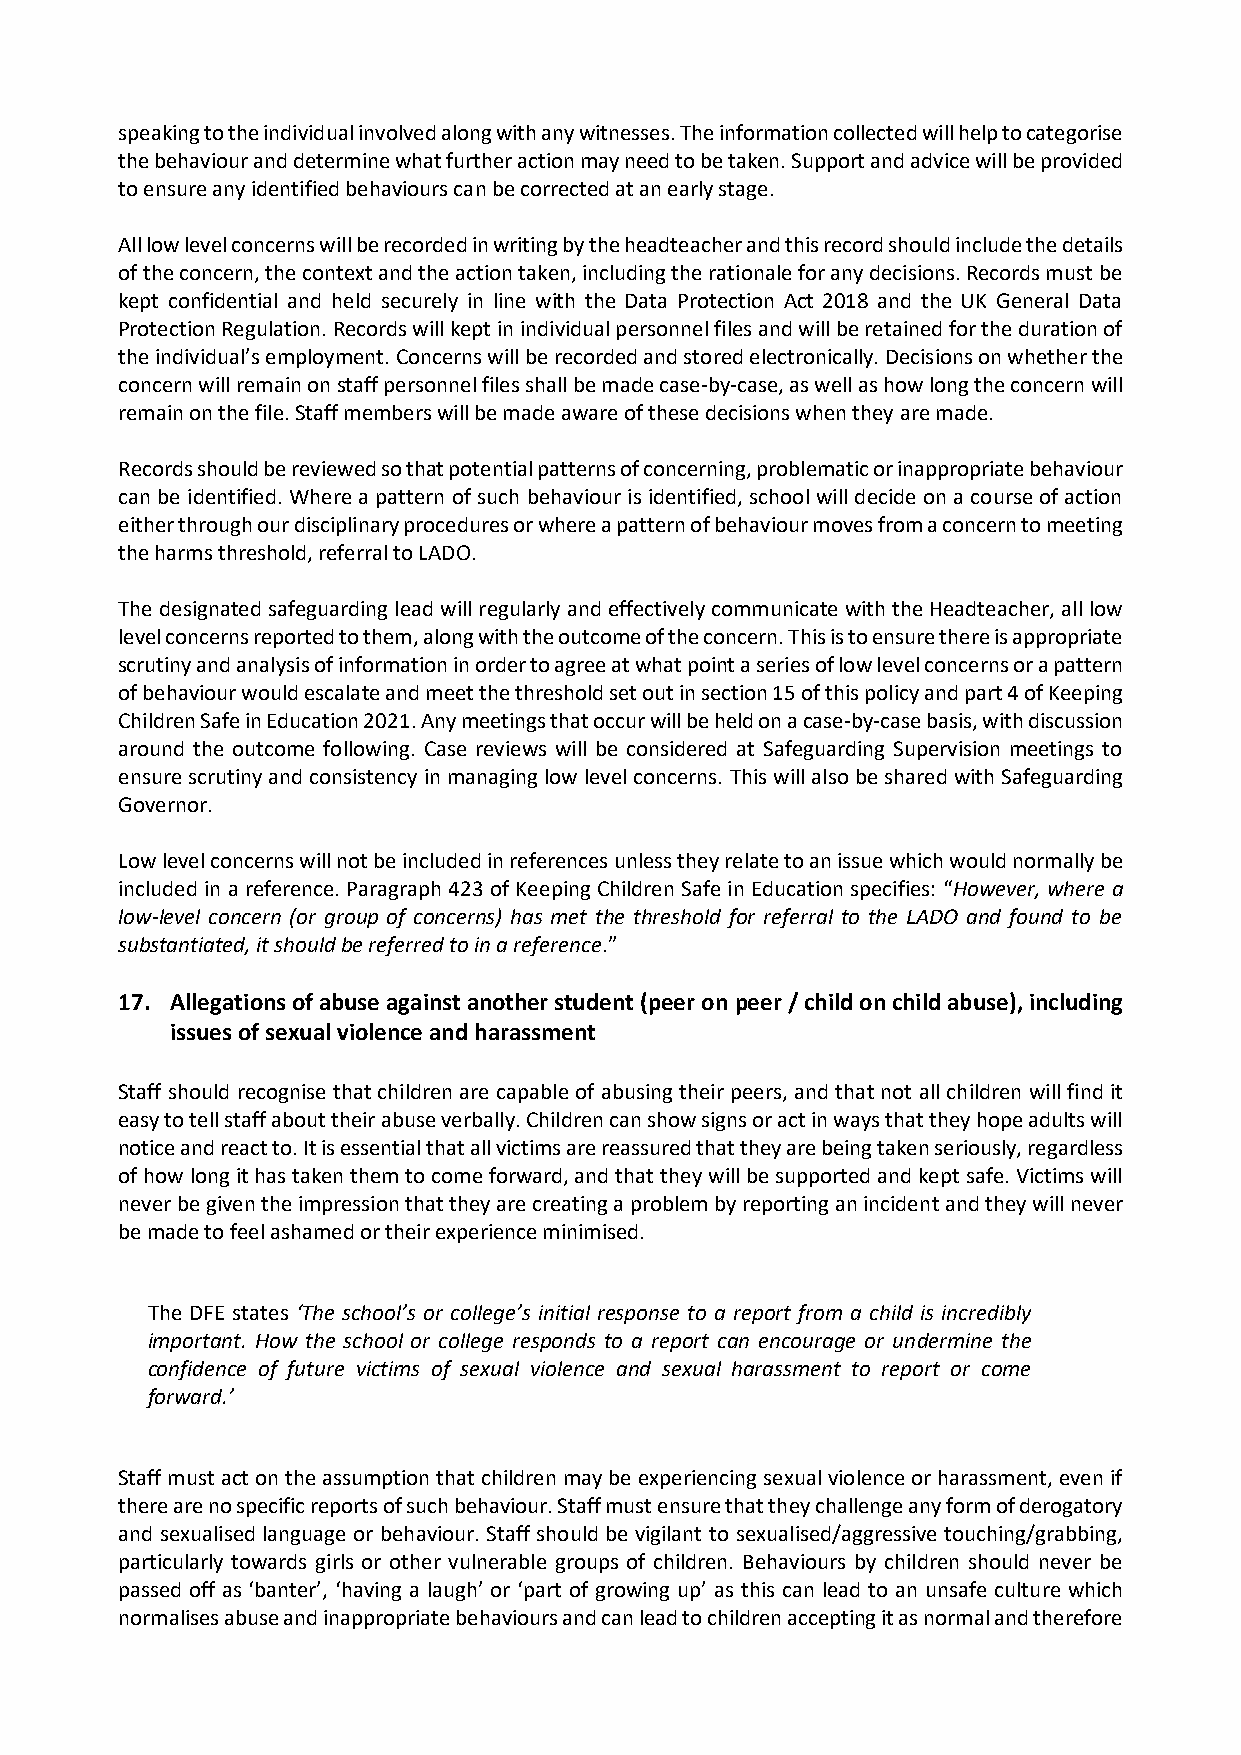
speaking to the individual involved along with any witnesses. The information collected will help to categorise
 the behaviour and determine what further action may need to be taken. Support and advice will be provided
 to ensure any identified behaviours can be corrected at an early stage.
 All low level concerns will be recorded in writing by the headteacher and this record should include the details
 of the concern, the context and the action taken, including the rationale for any decisions. Records must be
 kept confidential and held securely in line with the Data Protection Act 2018 and the UK General Data
 Protection Regulation. Records will kept in individual personnel files and will be retained for the duration of
 the individual’s employment. Concerns will be recorded and stored electronically. Decisions on whether the
 concern will remain on staff personnel files shall be made case-by-case, as well as how long the concern will
 remain on the file. Staff members will be made aware of these decisions when they are made.
 Records should be reviewed so that potential patterns of concerning, problematic or inappropriate behaviour
 can be identified. Where a pattern of such behaviour is identified, school will decide on a course of action
 either through our disciplinary procedures or where a pattern of behaviour moves from a concern to meeting
 the harms threshold, referral to LADO.
 The designated safeguarding lead will regularly and effectively communicate with the Headteacher, all low
 level concerns reported to them, along with the outcome of the concern. This is to ensure there is appropriate
 scrutiny and analysis of information in order to agree at what point a series of low level concerns or a pattern
 of behaviour would escalate and meet the threshold set out in section 15 of this policy and part 4 of Keeping
 Children Safe in Education 2021. Any meetings that occur will be held on a case-by-case basis, with discussion
 around the outcome following. Case reviews will be considered at Safeguarding Supervision meetings to
 ensure scrutiny and consistency in managing low level concerns. This will also be shared with Safeguarding
 Governor.
 Low level concerns will not be included in references unless they relate to an issue which would normally be
 included in a reference. Paragraph 423 of Keeping Children Safe in Education specifies: “However, where a
 low-level concern (or group of concerns) has met the threshold for referral to the LADO and found to be
 substantiated, it should be referred to in a reference.”
 17. Allegations of abuse against another student (peer on peer / child on child abuse), including
 issues of sexual violence and harassment
 Staff should recognise that children are capable of abusing their peers, and that not all children will find it
 easy to tell staff about their abuse verbally. Children can show signs or act in ways that they hope adults will
 notice and react to. It is essential that all victims are reassured that they are being taken seriously, regardless
 of how long it has taken them to come forward, and that they will be supported and kept safe. Victims will
 never be given the impression that they are creating a problem by reporting an incident and they will never
 be made to feel ashamed or their experience minimised.
 The DFE states ‘The school’s or college’s initial response to a report from a child is incredibly
 important. How the school or college responds to a report can encourage or undermine the
 confidence of future victims of sexual violence and sexual harassment to report or come
 forward.’
 Staff must act on the assumption that children may be experiencing sexual violence or harassment, even if
 there are no specific reports of such behaviour. Staff must ensure that they challenge any form of derogatory
 and sexualised language or behaviour. Staff should be vigilant to sexualised/aggressive touching/grabbing,
 particularly towards girls or other vulnerable groups of children. Behaviours by children should never be
 passed off as ‘banter’, ‘having a laugh’ or ‘part of growing up’ as this can lead to an unsafe culture which
 normalises abuse and inappropriate behaviours and can lead to children accepting it as normal and therefore